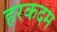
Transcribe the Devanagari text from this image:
हरकदम